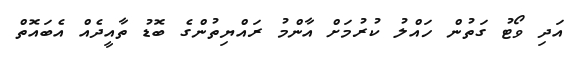
އަދި ވޯޓު ގަތުން ހައްލު ކުރުމަށް އާންމު ރައްޔިތުންގެ ބޮޑު ތާއީދެއް އެބައޮތް